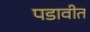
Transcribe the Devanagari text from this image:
पडावीत